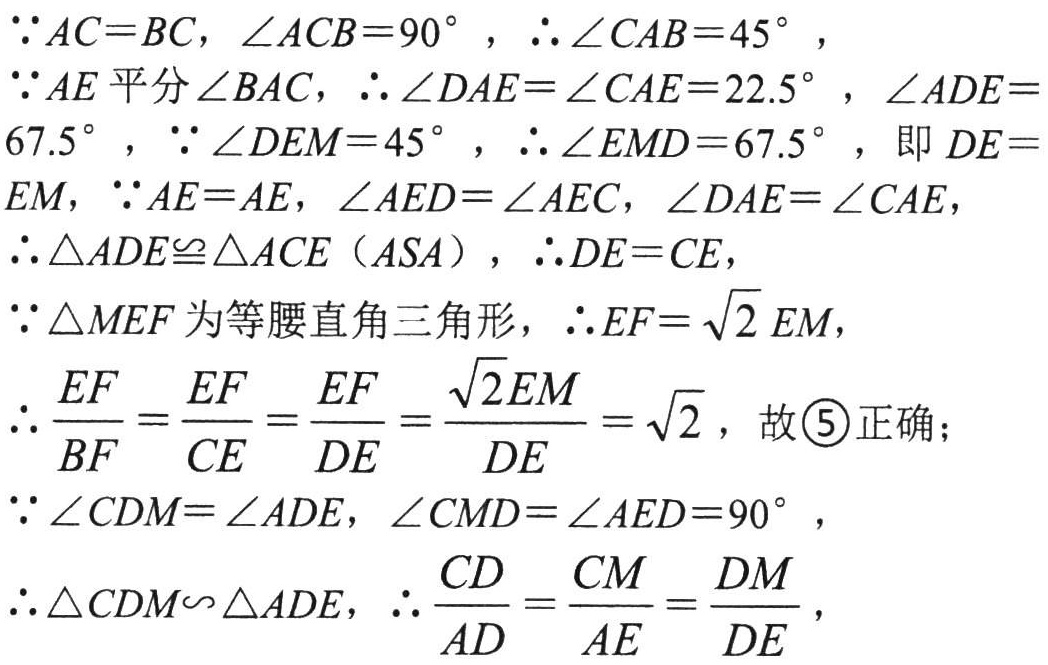
\(\because AC = BC, \angle ACB = 90^{\circ}\)，\(\therefore\angle CAB = 45^{\circ}\)，
\(\because AE\) 平分 \(\angle BAC\)，\(\therefore\angle DAE=\angle CAE = 22.5^{\circ}\)，\(\angle ADE = 67.5^{\circ}\)，\(\because\angle DEM = 45^{\circ}\)，\(\therefore\angle EMD = 67.5^{\circ}\)，即 \(DE = EM\)，\(\because AE = AE, \angle AED=\angle AEC, \angle DAE=\angle CAE\)，
\(\therefore\triangle ADE\cong\triangle ACE\ (ASA)\)，\(\therefore DE = CE\)，
\(\because\triangle MEF\) 为等腰直角三角形，\(\therefore EF = \sqrt{2}EM\)，
\(\therefore\frac{EF}{BF}=\frac{EF}{CE}=\frac{EF}{DE}=\frac{\sqrt{2}EM}{DE}=\sqrt{2}\)，故 \(\textcircled{5}\) 正确；
\(\because\angle CDM=\angle ADE, \angle CMD=\angle AED = 90^{\circ}\)，
\(\therefore\triangle CDM\backsim\triangle ADE\)，\(\therefore\frac{CD}{AD}=\frac{CM}{AE}=\frac{DM}{DE}\)，